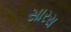
સારસ